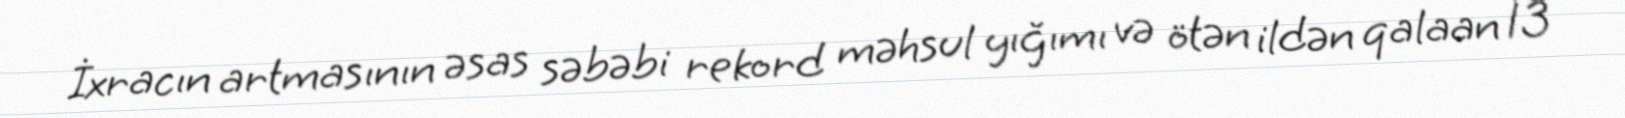
İxracın artmasının əsas səbəbi rekord məhsul yığımı və ötən ildən qalaan 13